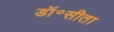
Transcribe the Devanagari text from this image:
डॉ॰सीता